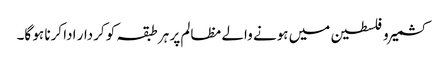
کشمیر و فلسطین میں ہونے والے مظالم پر ہر طبقہ کو کردار ادا کرنا ہو گا۔